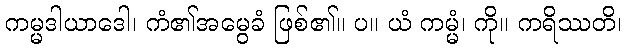
ကမ္မဒါယာဒေါ၊ ကံ၏အမွေခံ ဖြစ်၏။ ပ။ ယံ ကမ္မံ၊ ကို။ ကရိဿတိ၊